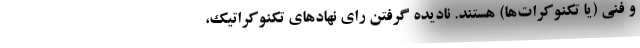
و فنی (یا تکنوکرات‌ها) هستند. نادیده گرفتن رای نهادهای تکنوکراتیک،